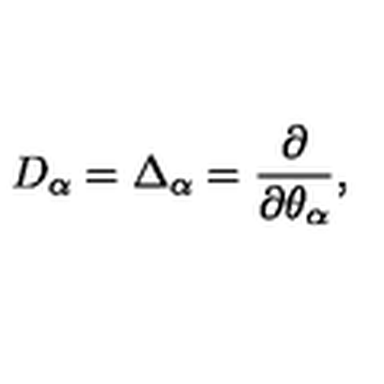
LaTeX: D _ { \alpha } = \Delta _ { \alpha } = \frac { \partial } { \partial \theta _ { \alpha } } ,